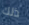
ذلك